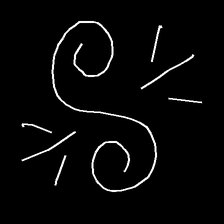
Glyph: wind-directs-air